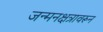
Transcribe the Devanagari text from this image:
जन्मनक्षत्रावरून